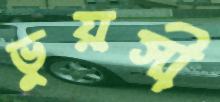
ভুয়সী